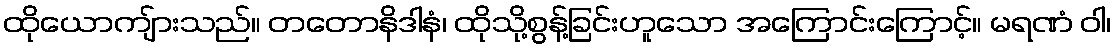
ထိုယောကျ်ားသည်။ တတောနိဒါနံ၊ ထိုသို့စွန့်ခြင်းဟူသော အကြောင်းကြောင့်။ မရဏံ ဝါ၊